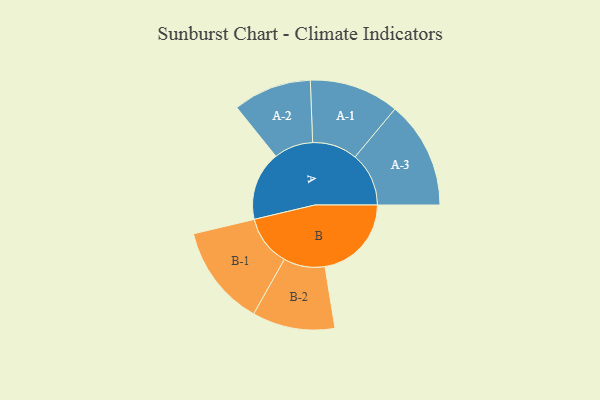
{"axis": {"x": "Segment", "y": "Value"}, "legend": ["", "A", "B"], "data": [{"x": "A", "y": 351, "type": ""}, {"x": "B", "y": 439, "type": ""}, {"x": "A-1", "y": 228, "type": "A"}, {"x": "A-2", "y": 199, "type": "A"}, {"x": "A-3", "y": 273, "type": "A"}, {"x": "B-1", "y": 257, "type": "B"}, {"x": "B-2", "y": 210, "type": "B"}]}